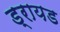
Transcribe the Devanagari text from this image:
ड्रायड